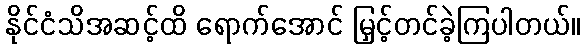
နိုင်ငံသိအဆင့်ထိ ရောက်အောင် မြှင့်တင်ခဲ့ကြပါတယ်။